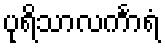
ပုရိသာလင်္ကာရံ